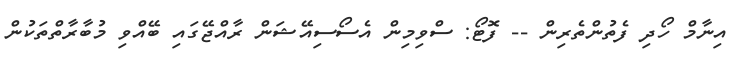
އިނާމް ހޯދި ފެތުންތެރިން -- ފޮޓޯ: ސްވިމިން އެސޯސިއޭޝަން ރާއްޖޭގައި ބޭއްވި މުބާރާތްތަކުން